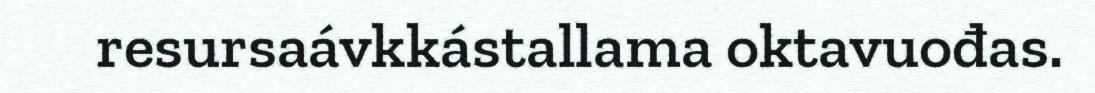
resursaávkkástallama oktavuođas.